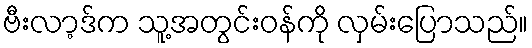
ဗီးလာ့ဒ်က သူ့အတွင်းဝန်ကို လှမ်းပြောသည်။